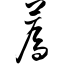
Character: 蔫